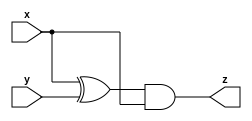
/*
See mt2015_q4a and mt2015_q4b for the submodules used here.
*/

module mod_a (input x, input y, output z);
    
    assign z = (x ^ y) & x;

endmodule

module mod_b ( input x, input y, output z );
    
    assign z = x == y;

endmodule

module top_module (input x, input y, output z);
    
    wire z0, z1, z2, z3;
    
    mod_a ia1 (x, y, z0);
    mod_b ib1 (x, y, z1);
    mod_a ia2 (x, y, z2);
    mod_b ib2 (x, y, z3);
    
    assign z = (z0 | z1) ^ (z2 & z3);

endmodule